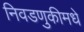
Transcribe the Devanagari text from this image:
निवडणुकीमधे